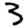
Digit: 3